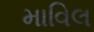
માવિલ